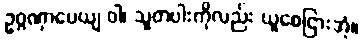
ဥဂ္ဂဏှာပေယျ ဝါ၊ သူတပါးကိုလည်း ယူစေငြားအံ့။